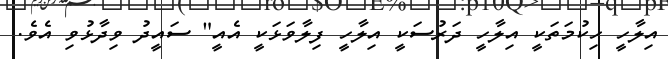
އިލާހީ ހިކުމަތަކީ އިލާހީ ދަރުސަކީ އިލާހީ ފިލާވަޅަކީ އެއީ" ސައީދު ވިދާޅުވި އެވެ.